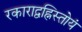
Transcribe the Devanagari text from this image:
रकाराद्वह्निस्तोयं